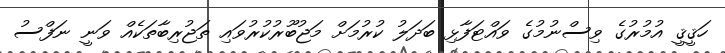
ހަޤީޤީ އުމުރުގެ ވިސްނުމުގެ ވައްޓަފާޅި ބަދަލު ކުރުމަށް މަޖުބޫރުކުރުވައި ތަޖުރިބާތަކެއް ވަނީ ނަފްސު